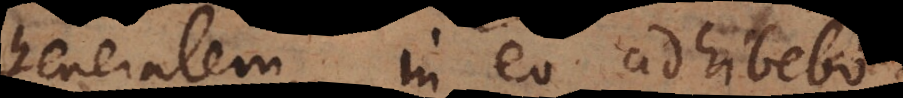
generalem, in eo adhibebo